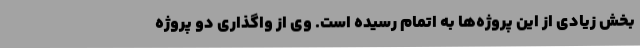
بخش زیادی از این پروژه‌ها به اتمام رسیده است. وی از واگذاری دو پروژه